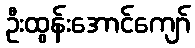
ဦးထွန်းအောင်ကျော်